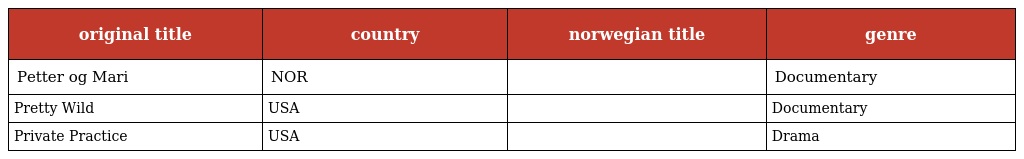
| original title | country | norwegian title | genre |
 | --- | --- | --- | --- |
 | Petter og Mari | NOR |  | Documentary |
 | Pretty Wild | USA |  | Documentary |
 | Private Practice | USA |  | Drama |